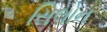
સિલોન